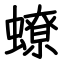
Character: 蟟